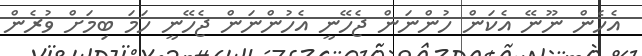
އެހެން ނޫނޭ އެކަން ހުންނަން ޖެހޭނީ އެހުންނަން ޖެހޭނީ ހަމަ ބިމަށް ވުރެން